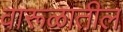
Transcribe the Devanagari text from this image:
वारूळातील